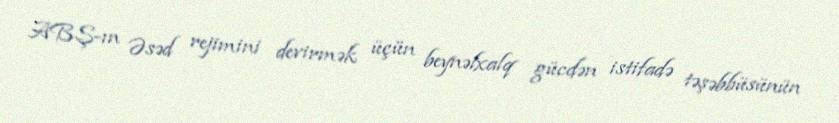
ABŞ-ın Əsəd rejimini devirmək üçün beynəlxalq gücdən istifadə təşəbbüsünün